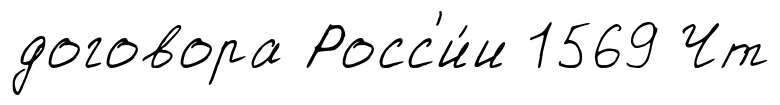
договора Росс'и́и 1569 Чт